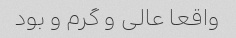
واقعا عالی و گرم و بود